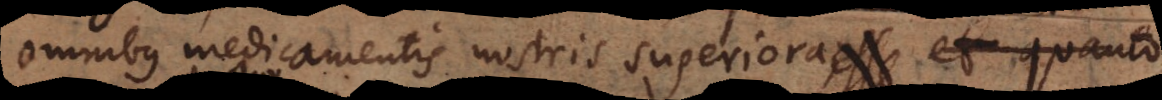
omnibus medicamentis nostris superiora, quo